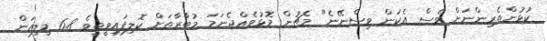
ކުޅުންތެރިންނަށް ވެސް އެކަން ވިސްނޭނެ" މެޗުން މޮޅުވެއްޖެނަމަ މުބާރާތަށް ކޮލިފައިވީތީވެ 6.8 މިލިއަން